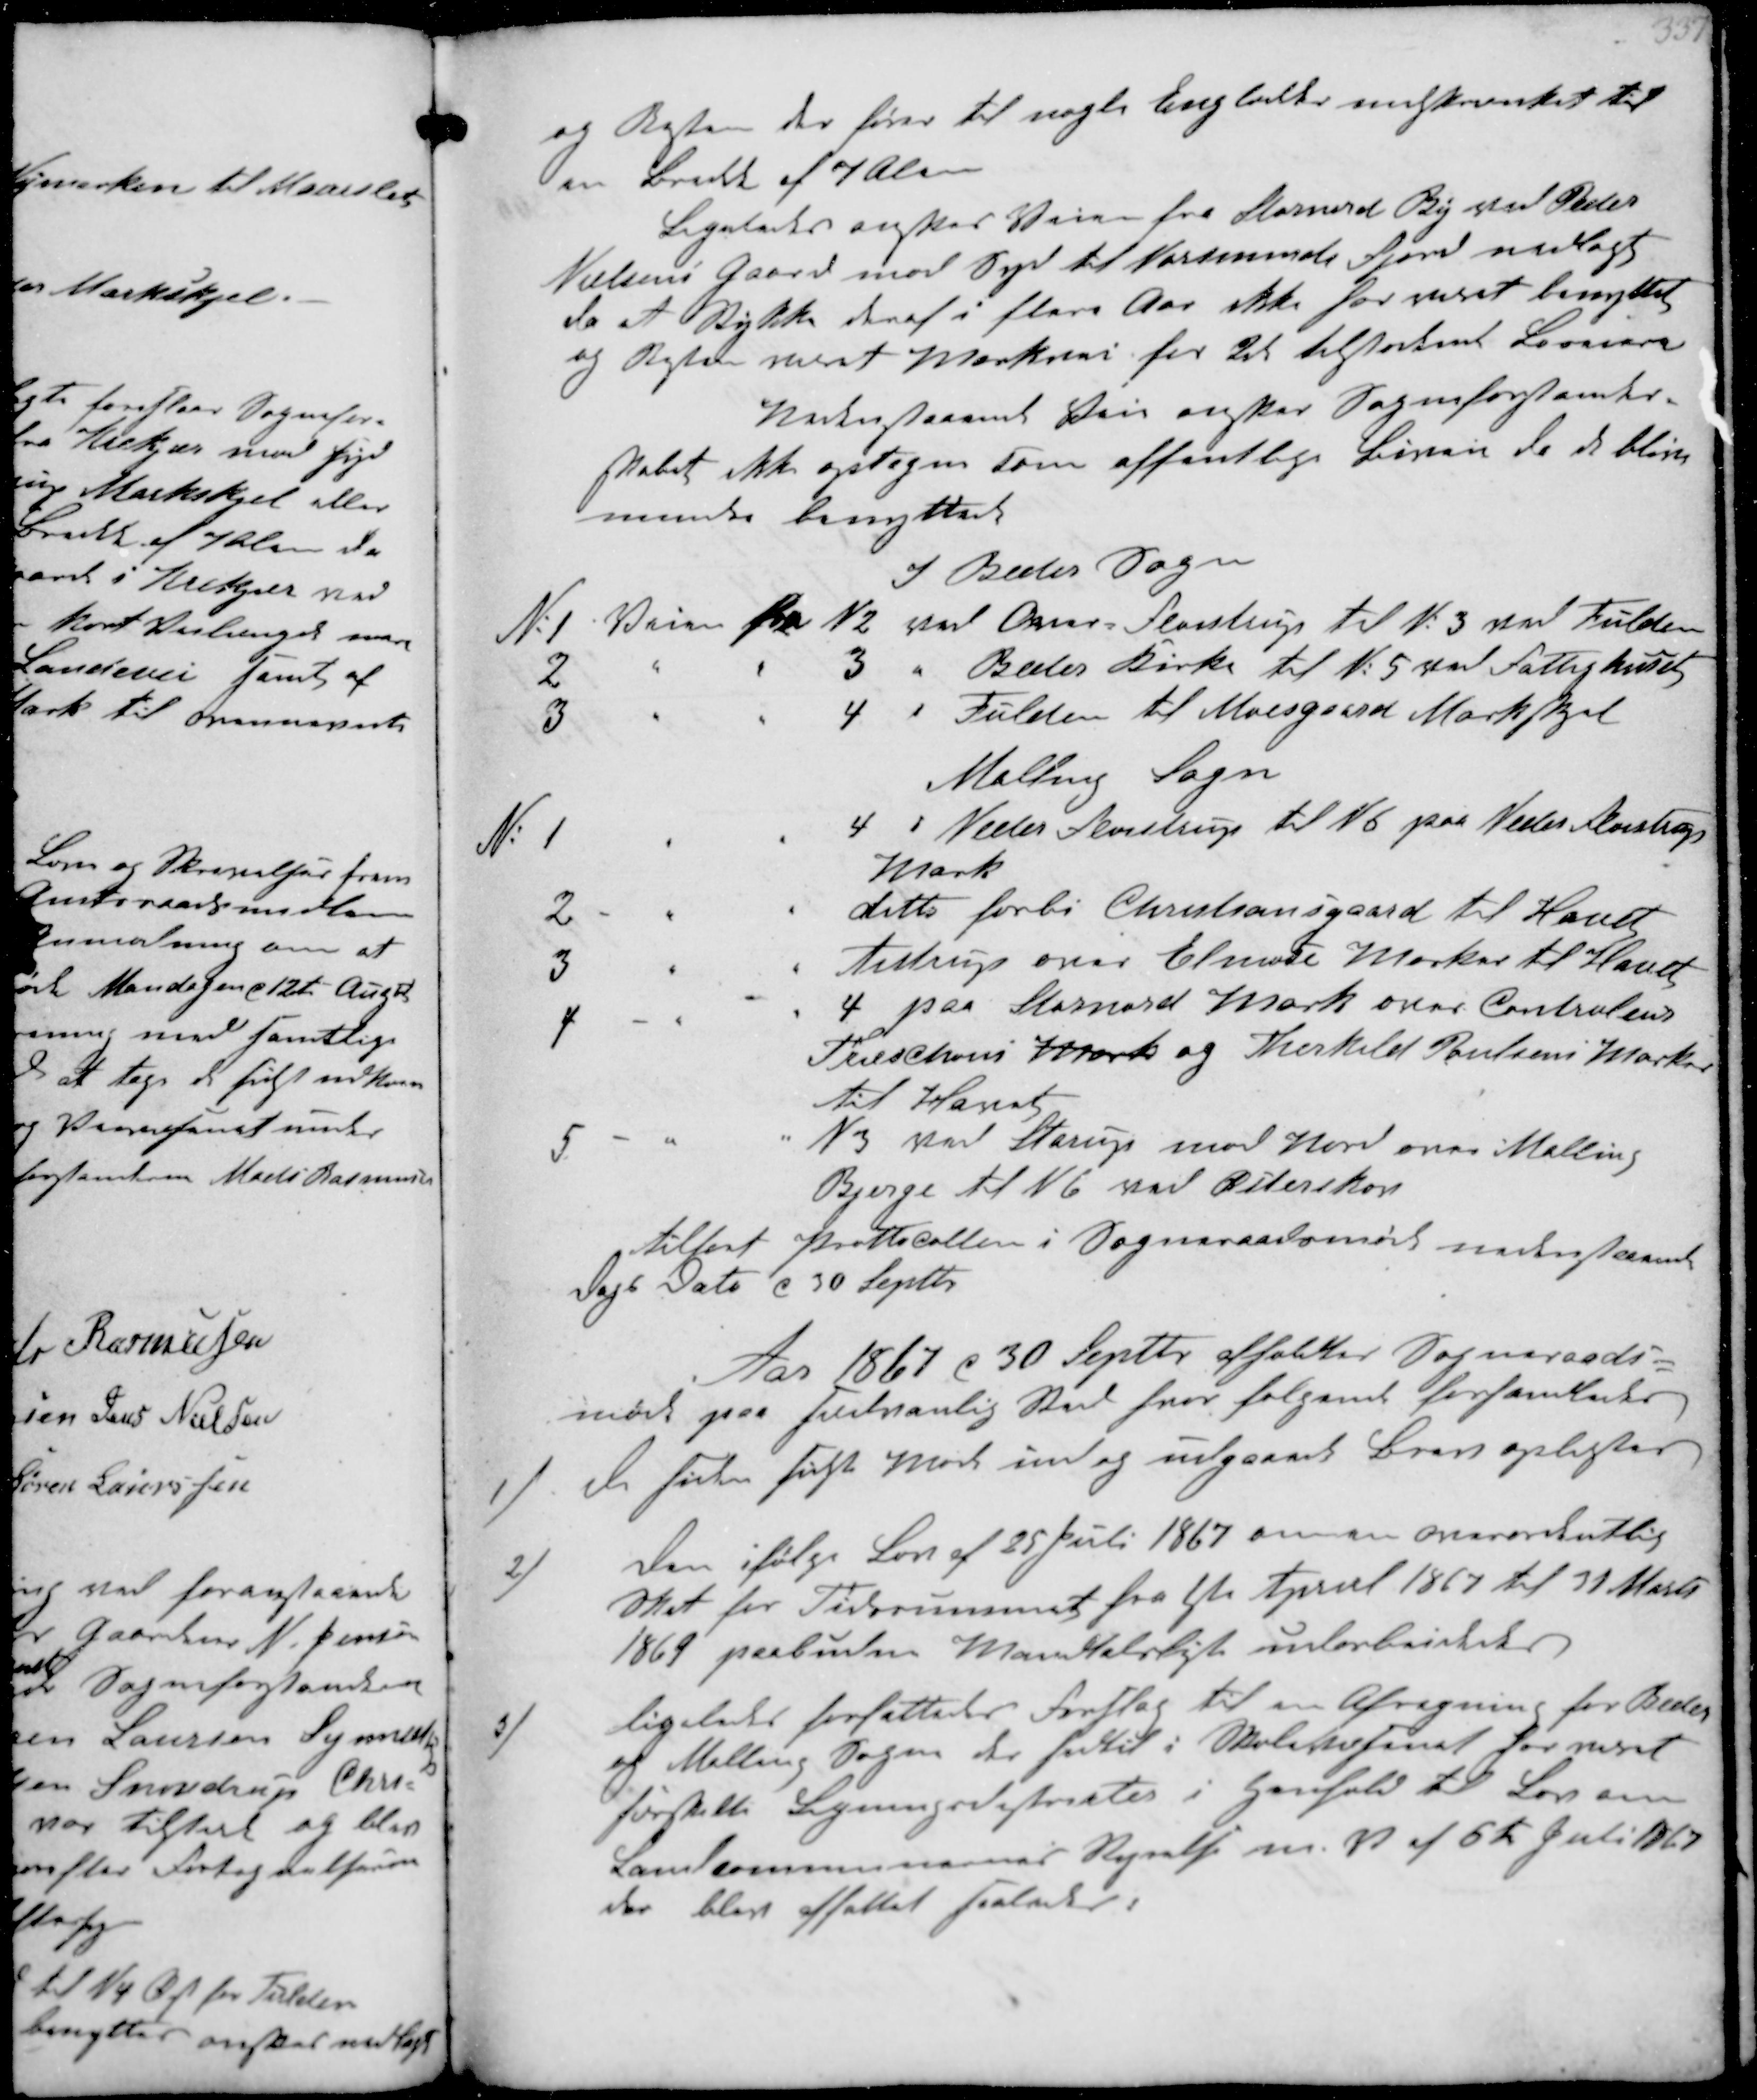
Transskription:
og Resten der fører til nogle Englodder indskrænket til
en Bredde af 7 Alen
Ligeledes ønskes Stien fra Stornord By ved Peder
Nielsens Gaard mod Syd til Norsminde Fjord nedlagt
da et Stykke deraf i flere Aar ikke har været benyttet
og Resten mest Markeres for de tilstødende Biveje
Nedenstaaende Stier ønsker Sogneforstander-
skabet ikke optagne som offentlige Biveje da de bliver
mindre benyttede

I Beder Sogn
N 1 Vejen fra N2 ved Over-Fløjstrup til N. 3 ved Fulden
2 " " N2 ved Beder Kirke til N:5 ved Fattighuset
3 " " 4 i Fulden til Moesgaard Markskjel
Malling Sogn
N1 " " 4 i Neder Fløjistrup til N6 paa Neder Fløjstrup
Mark
2 " " ditto forbi Christiansgaard til Havet
3 " " Aistrup over Elmose Marker til Havet
4 " "  4 fra Stornord Mark over Controleur
Treschous Mark og Therkild Poulsens Marker
til Havet
5 " " N3 par Starup mod Nord over Malling
Bjerge til N6 ved Østerskov
tilført Protocollen i Sogneraadsmøde nsdenstaaende
Dags Dato c 30 Septtr

Aar 1867 c 30 Septtr afholdtes Sogneraads-
møde paa sædvanlig Sted hvor følgende forhandledes
1/
De siden sidste Møde ind og ungaaede Breve oplæstes
2/
Den ifølge Lov af 25 Juli 1867 om en overordentlig
Skat for Tidsrummet fra 1ste Apriel 1867 til 31 Marts
1869 paabuden Mandtalsligt  
3/
ligeledes forfattedes Forslag til en Afregning for Beder
og Malling Sogne der hidtil i Skolesfinat har været
forskellige Ligningstakster i Henhold til Lov om
Landkommunernes Styrelse m.m. af 6t Juli 1867
der blev affattet saaledes